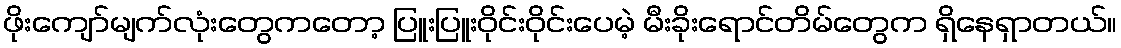
ဖိုးကျော်မျက်လုံးတွေကတော့ ပြူးပြူးဝိုင်းဝိုင်းပေမဲ့ မီးခိုးရောင်တိမ်တွေက ရှိနေရှာတယ်။